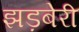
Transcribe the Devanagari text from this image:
झड़बेरी